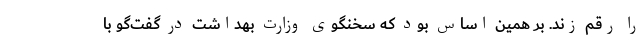
را رقم زند. بر همین اساس بود که سخنگوی وزارت بهداشت در گفت‌گو با